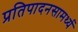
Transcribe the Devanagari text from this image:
प्रतिपादनसामर्थ्य